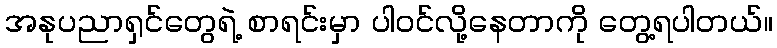
အနုပညာရှင်တွေရဲ့ စာရင်းမှာ ပါဝင်လို့နေတာကို တွေ့ရပါတယ်။